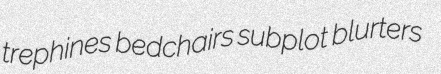
trephines bedchairs subplot blurters